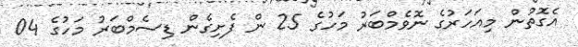
އެގޮތުން މިއަހަރުގެ ނޮވެމްބަރު މަހުގެ 25 ން ފެށިގެން ޑިސެމްބަރު މަހުގެ 04